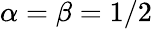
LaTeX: \alpha=\beta=1/2